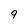
Character: 9